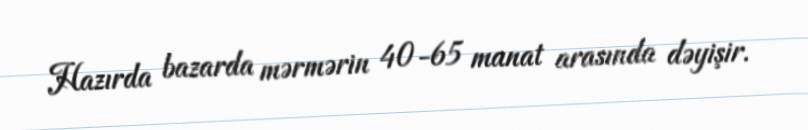
Hazırda bazarda mərmərin 40-65 manat arasında dəyişir.